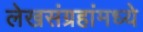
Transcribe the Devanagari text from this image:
लेखसंग्रहांमध्ये